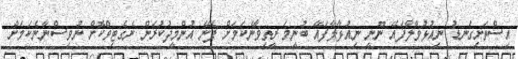
އިސްތަށިގަނޑު ނިއުޅުވާލާފައޭ ނޫނީ ނިއުޅާލާފައޭ ބުނީމަ ރީތިވާނެކަމަށް ފެނޭ އުންމީދުކުރަން ނެގެޓިވްކޮށް ނުވިސްނާނެކަމަށް